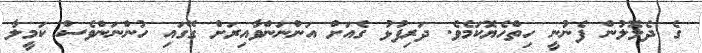
ގެ ދެލޮލުން ފެނުނީ ހިތްހެޔޮކަމެވެ. ދަރިފުޅު ގެއަށް އަންނަންވާއިރަށް ގޭގައި ހުންނަންވެސް ކަމީލާ